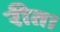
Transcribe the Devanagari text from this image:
रीत।